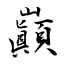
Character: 巓